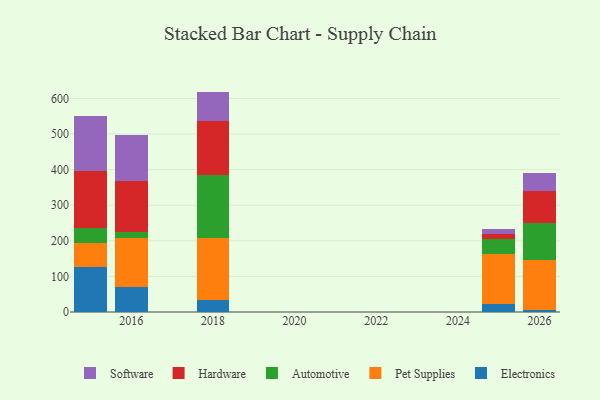
{"axis": {"x": "Year", "y": "Budget (USD K)"}, "legend": ["Automotive", "Electronics", "Hardware", "Pet Supplies", "Software"], "data": [{"x": "2025", "y": 22.1, "type": "Electronics"}, {"x": "2025", "y": 139.8, "type": "Pet Supplies"}, {"x": "2025", "y": 42.8, "type": "Automotive"}, {"x": "2025", "y": 14.7, "type": "Hardware"}, {"x": "2025", "y": 13.1, "type": "Software"}, {"x": "2016", "y": 68.9, "type": "Electronics"}, {"x": "2016", "y": 138.9, "type": "Pet Supplies"}, {"x": "2016", "y": 15.6, "type": "Automotive"}, {"x": "2016", "y": 144.2, "type": "Hardware"}, {"x": "2016", "y": 131.0, "type": "Software"}, {"x": "2015", "y": 126.9, "type": "Electronics"}, {"x": "2015", "y": 66.7, "type": "Pet Supplies"}, {"x": "2015", "y": 42.0, "type": "Automotive"}, {"x": "2015", "y": 160.8, "type": "Hardware"}, {"x": "2015", "y": 154.6, "type": "Software"}, {"x": "2026", "y": 6.7, "type": "Electronics"}, {"x": "2026", "y": 138.6, "type": "Pet Supplies"}, {"x": "2026", "y": 103.4, "type": "Automotive"}, {"x": "2026", "y": 90.6, "type": "Hardware"}, {"x": "2026", "y": 50.6, "type": "Software"}, {"x": "2018", "y": 34.2, "type": "Electronics"}, {"x": "2018", "y": 173.4, "type": "Pet Supplies"}, {"x": "2018", "y": 177.9, "type": "Automotive"}, {"x": "2018", "y": 151.5, "type": "Hardware"}, {"x": "2018", "y": 82.2, "type": "Software"}]}